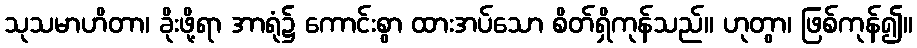
သုသမာဟိတာ၊ ခိုးဖို့ရာ အာရုံ၌ ကောင်းစွာ ထားအပ်သော စိတ်ရှိကုန်သည်။ ဟုတွာ၊ ဖြစ်ကုန်၍။